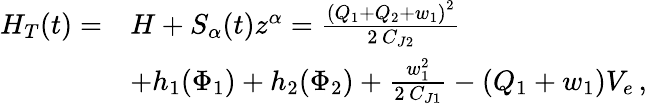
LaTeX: \begin{array}{rl}{H_{T}(t)=}&{H+S_{\alpha}(t)z^{\alpha}=\frac{{\left(Q_{1}+Q_{2}+w_{1}\right)}^{2}}{2\, C_{J2}}}\\ &{+h_{1}(\Phi_{1})+h_{2}(\Phi_{2})+\frac{w_{1}^{2}}{2\, C_{J1}}-(Q_{1}+w_{1})V_{e}\, ,}\end{array}